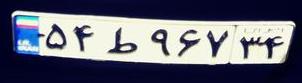
۵۴ط۹۶۷۳۴